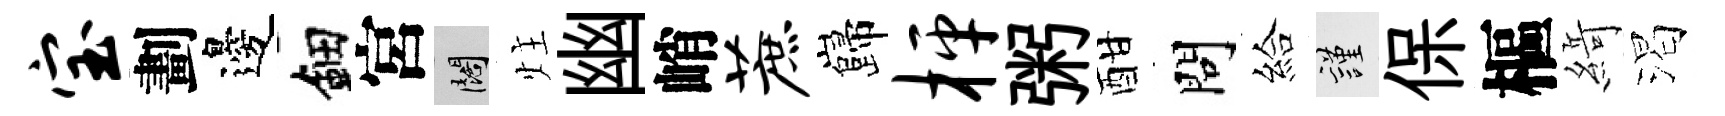
宝劃邊鈿宮闊炷幽峭蔗巋枰粥酣問給謹保樞𦂶渴